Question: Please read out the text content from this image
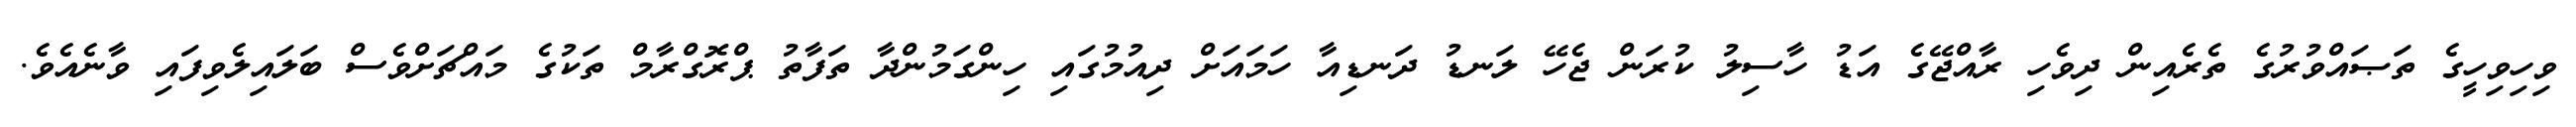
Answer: ވިހިވިހީގެ ތަޞައްވުރުގެ ތެރެއިން ދިވެހި ރާއްޖޭގެ އަޑު ހާސިލު ކުރަން ޖެހޭ ލަނޑު ދަނޑިއާ ހަމައަށް ދިއުމުގައި ހިންގަމުންދާ ތަފާތު ޕްރޮގްރާމް ތަކުގެ މައްޗަށްވެސް ބަލައިލެވިފައި ވާނެއެވެ.